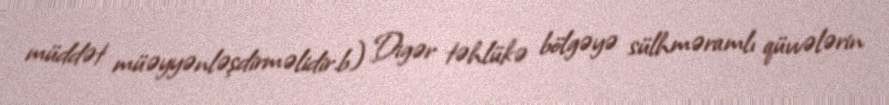
müddət müəyyənləşdirməlidir.b) Digər təhlükə bölgəyə sülhməramlı qüvvələrin